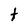
Character: t